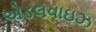
એડલવાઇઝ